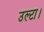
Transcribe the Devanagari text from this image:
उल्टा।